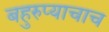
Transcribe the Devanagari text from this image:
बहुरुप्याचाच